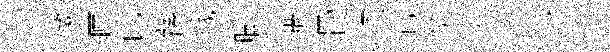
微匣芘蓀戮脚醸骨恣管熒泛十气